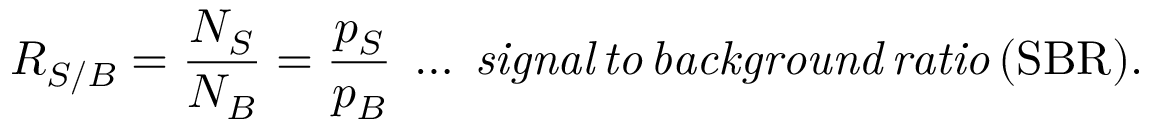
R _ { S / B } = \frac { N _ { S } } { N _ { B } } = \frac { p _ { S } } { p _ { B } } \; \ldots \; \mathit { s i g n a l \, t o \, b a c k g r o u n d \, r a t i o } \, \mathrm { ( S B R ) . }